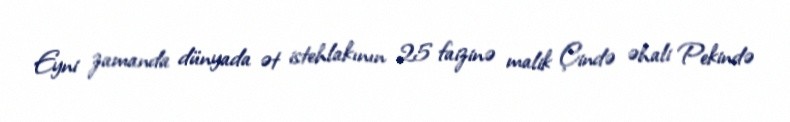
Eyni zamanda dünyada ət istehlakının 25 faizinə malik Çində əhali Pekində